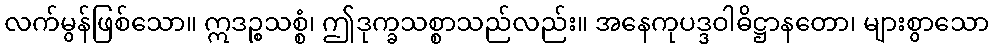
လက်မွန်ဖြစ်သော။ ဣဒဉ္စသစ္စံ၊ ဤဒုက္ခသစ္စာသည်လည်း။ အနေကုပဒ္ဒဝါဓိဋ္ဌာနတော၊ များစွာသော